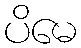
ပိမေ